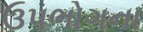
ઉપભોગના